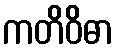
ကတိဝိဓာ